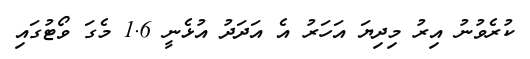
ކުރެވުނު އިރު މިދިޔަ އަހަރު އެ އަދަދު އުޅެނީ 1.6 މެގަ ވޯޓުގައި